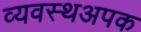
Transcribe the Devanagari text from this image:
व्यवस्थअपक